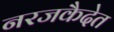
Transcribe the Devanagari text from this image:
नरजकैदेत